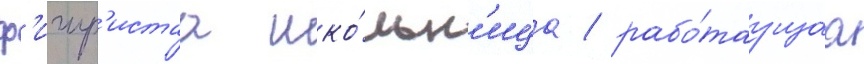
ф'игур'истаа шко́льн'ица / рабо́таущаа